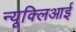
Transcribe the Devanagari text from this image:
न्यूक्लिआई